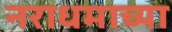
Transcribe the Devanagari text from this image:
नराधमाच्या